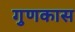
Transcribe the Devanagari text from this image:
गुणकास